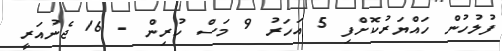
ފުލުހުން ހައްޔަރުކޮށްފި 5 އަހަރު 9 މަސް ކުރިން - 16 ޖެނުއަރީ